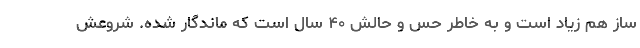
ساز هم زیاد است و به خاطر حس و حالش ۴۰ سال است که ماندگار شده. شروعش